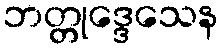
ဘတ္တုဒ္ဒေသေန